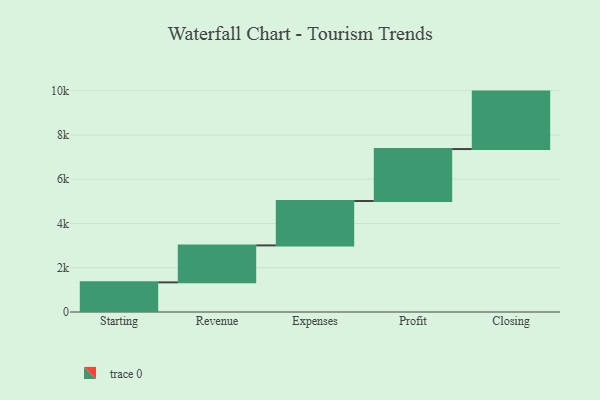
{"axis": {"x": "Step", "y": "Value"}, "legend": [""], "data": [{"x": "Starting", "y": 1339.0, "type": ""}, {"x": "Revenue", "y": 1670.0, "type": ""}, {"x": "Expenses", "y": 2006.0, "type": ""}, {"x": "Profit", "y": 2348.0, "type": ""}, {"x": "Closing", "y": 2595.0, "type": ""}]}